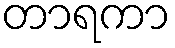
တာရကာ